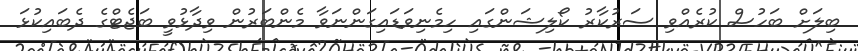
ބިލަށް ބަހުސް ކުރެއްވި ސަރުކާރު ކޯލިޝަންގައި ހިމެނިވަޑައިގަންނަވާ މެންބަރުން ވިދާޅުވީ ބަޖެޓްގެ ދެބައިކުޅަ